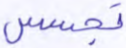
تجسس